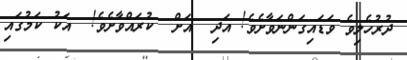
ދުރުހެލިވެ ވަޑައިގަންނަވާށެވެ! އަދި  އަށް  ކުރައްވާށެވެ!  އަކު ކަމުގައި